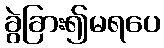
ခွဲခြား၍မရပေ